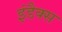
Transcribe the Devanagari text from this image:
इंडैक्स